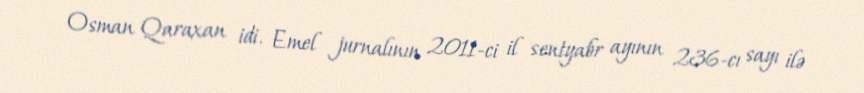
Osman Qaraxan idi. Emel jurnalının 2011-ci il sentyabr ayının 236-cı sayı ilə